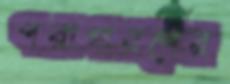
পরাগায়ণের